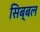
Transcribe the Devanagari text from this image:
सिब्‍बल